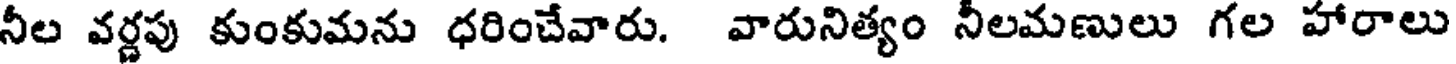
నీల వర్ణపు కుంకుమను ధరించేవారు. వారునిత్యం నీలమణులు గల హారాలు